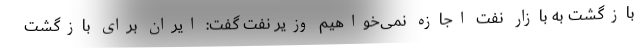
بازگشت به بازار نفت اجازه نمی‌خواهیم وزیر نفت گفت: ایران برای بازگشت